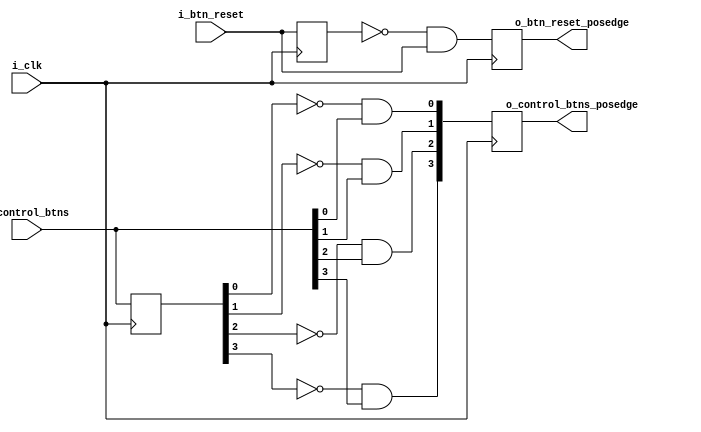
module btn_posedge(
	input 				i_clk,
	input 				i_btn_reset,
	input		[3:0] 	i_control_btns,
	output	reg			o_btn_reset_posedge,
	output	reg	[3:0]	o_control_btns_posedge
);

	reg 		i_btn_reset_prev;
	reg [3:0]	i_control_btns_prev;
	
	always @(posedge i_clk) begin
		i_btn_reset_prev 			<= i_btn_reset;
		i_control_btns_prev			<= i_control_btns;
		
		o_btn_reset_posedge			<= ~i_btn_reset_prev && i_btn_reset;
		o_control_btns_posedge[0]	<= ~i_control_btns_prev[0] && i_control_btns[0];
		o_control_btns_posedge[1]	<= ~i_control_btns_prev[1] && i_control_btns[1];
		o_control_btns_posedge[2]	<= ~i_control_btns_prev[2] && i_control_btns[2];
		o_control_btns_posedge[3]	<= ~i_control_btns_prev[3] && i_control_btns[3];
	end
	
endmodule